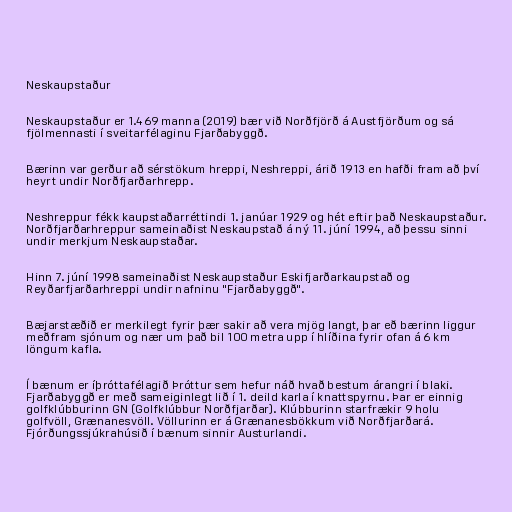
Neskaupstaður

Neskaupstaður er 1.469 manna (2019) bær við Norðfjörð á Austfjörðum og sá
fjölmennasti í sveitarfélaginu Fjarðabyggð.

Bærinn var gerður að sérstökum hreppi, Neshreppi, árið 1913 en hafði fram að því
heyrt undir Norðfjarðarhrepp.

Neshreppur fékk kaupstaðarréttindi 1. janúar 1929 og hét eftir það Neskaupstaður.
Norðfjarðarhreppur sameinaðist Neskaupstað á ný 11. júní 1994, að þessu sinni
undir merkjum Neskaupstaðar.

Hinn 7. júní 1998 sameinaðist Neskaupstaður Eskifjarðarkaupstað og
Reyðarfjarðarhreppi undir nafninu "Fjarðabyggð".

Bæjarstæðið er merkilegt fyrir þær sakir að vera mjög langt, þar eð bærinn liggur
meðfram sjónum og nær um það bil 100 metra upp í hlíðina fyrir ofan á 6 km
löngum kafla.

Í bænum er íþróttafélagið Þróttur sem hefur náð hvað bestum árangri í blaki.
Fjarðabyggð er með sameiginlegt lið í 1. deild karla í knattspyrnu. Þar er einnig
golfklúbburinn GN (Golfklúbbur Norðfjarðar). Klúbburinn starfrækir 9 holu
golfvöll, Grænanesvöll. Völlurinn er á Grænanesbökkum við Norðfjarðará.
Fjórðungssjúkrahúsið í bænum sinnir Austurlandi.